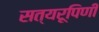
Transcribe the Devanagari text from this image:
सत्यरूपिणी